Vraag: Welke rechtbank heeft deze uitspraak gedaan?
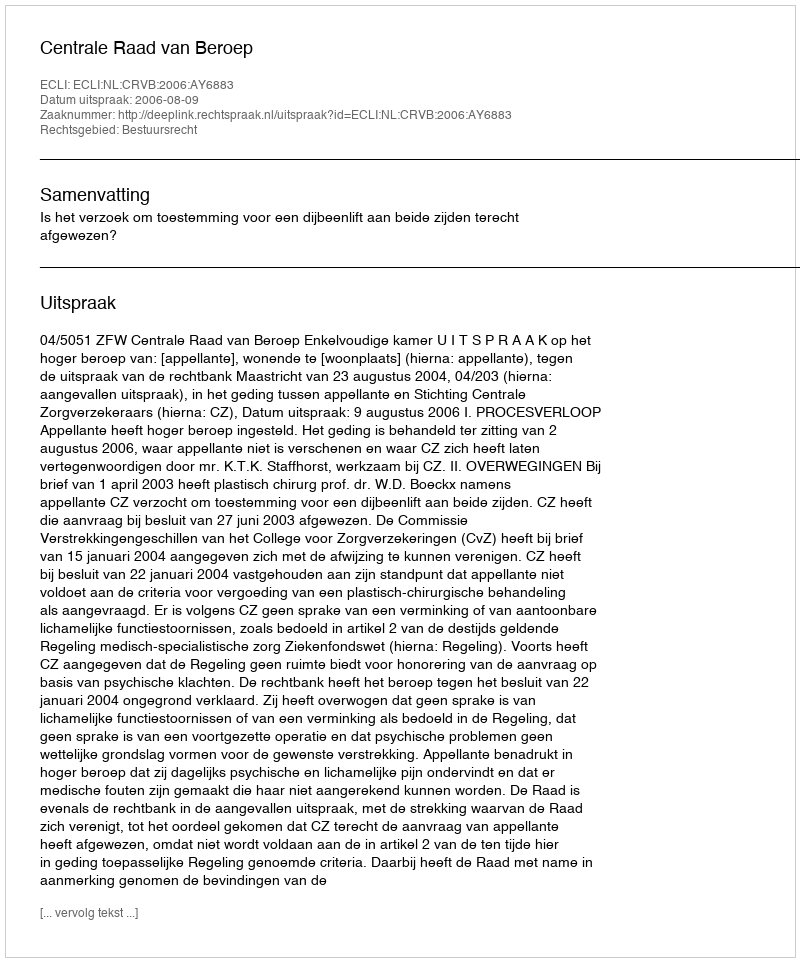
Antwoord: Centrale Raad van Beroep